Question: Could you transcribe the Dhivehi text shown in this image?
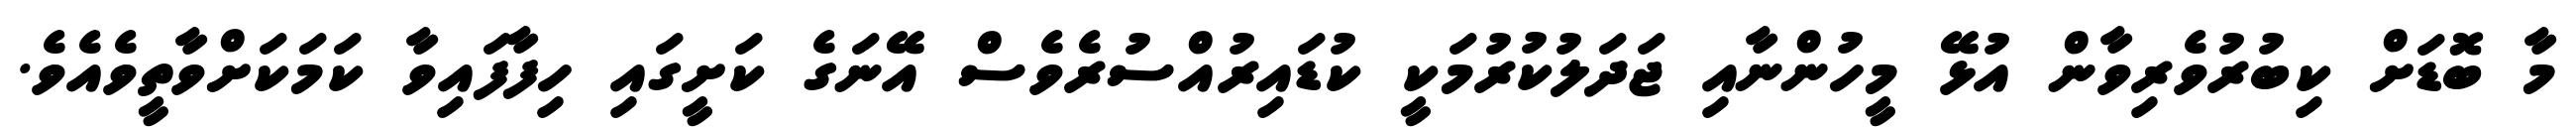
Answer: މާ ބޮޑަށް ކިބުރުވެރިވާން އުޅޭ މީހުންނާއި ޖަދަލުކުރުމަކީ ކުޑައިރުއްސުރެވެސް އޭނަގެ ކަށީގައި ހިފާފައިވާ ކަމަކަށްވާތީވެއެވެ.